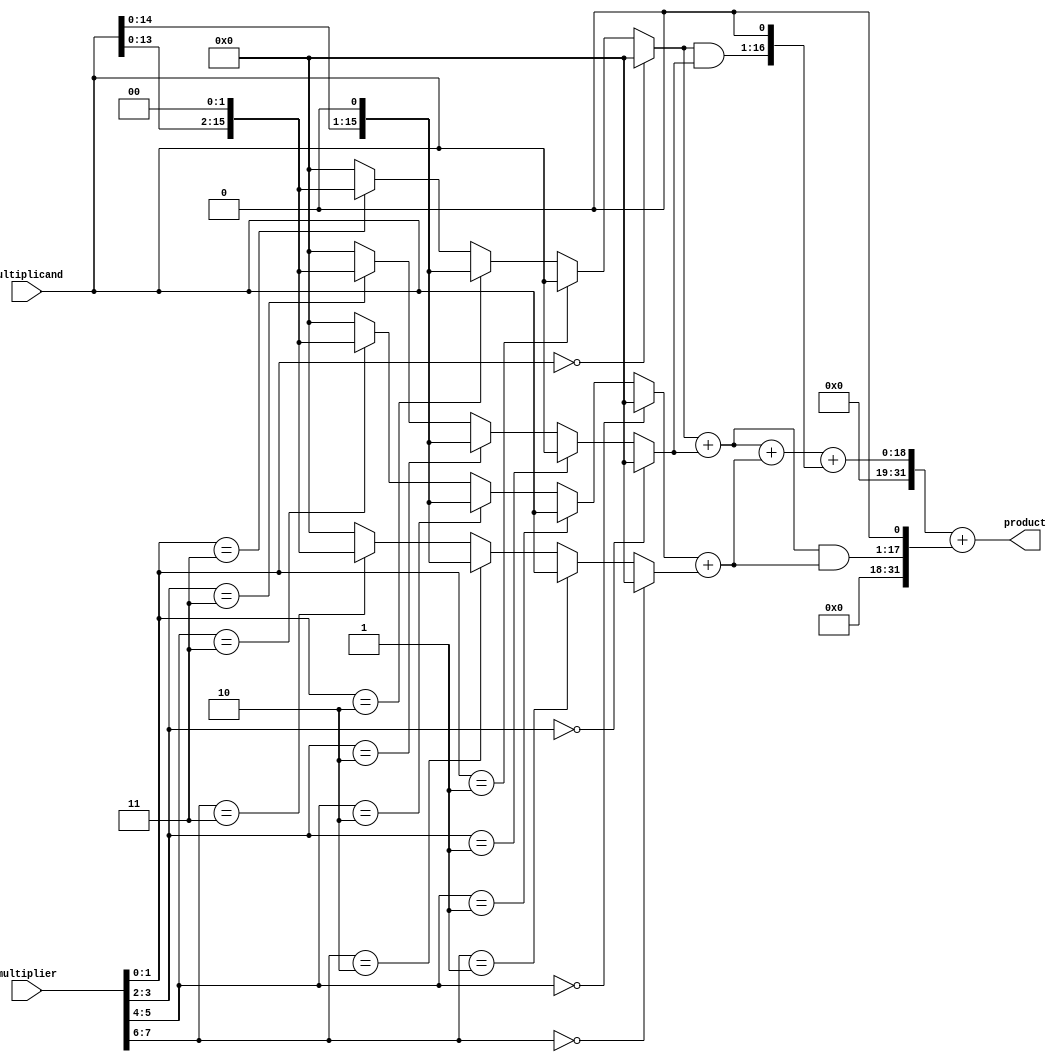
module higher_radix_wallace_tree_multiplier (
    input [15:0] multiplicand, // 16-bit multiplicand
    input [15:0] multiplier,    // 16-bit multiplier
    output reg [31:0] product    // 32-bit product
);

    // Partial product generation for Radix-8
    wire [15:0] pp[0:7]; // Partial products
    genvar i;
    generate
        for (i = 0; i < 8; i = i + 1) begin : pp_gen
            assign pp[i] = (multiplier[i*2 +: 2] == 2'b00) ? 16'b0 :
                            (multiplier[i*2 +: 2] == 2'b01) ? multiplicand :
                            (multiplier[i*2 +: 2] == 2'b10) ? (multiplicand << 1) :
                            (multiplier[i*2 +: 2] == 2'b11) ? (multiplicand << 2) : 16'b0;
        end
    endgenerate

    // Wallace Tree Reduction
    wire [31:0] sum[0:3]; // Intermediate sums
    wire [31:0] carry[0:3]; // Carry bits

    // First stage of reduction
    assign sum[0] = pp[0] + pp[1];
    assign carry[0] = (pp[0] & pp[1]) << 1; // Carry from first addition

    assign sum[1] = pp[2] + pp[3];
    assign carry[1] = (pp[2] & pp[3]) << 1; // Carry from second addition

    // Second stage of reduction
    assign sum[2] = sum[0] + sum[1] + carry[0];
    assign carry[2] = (sum[0] & sum[1]) << 1; // Carry from third addition

    // Final stage
    assign product = sum[2] + carry[2];

endmodule